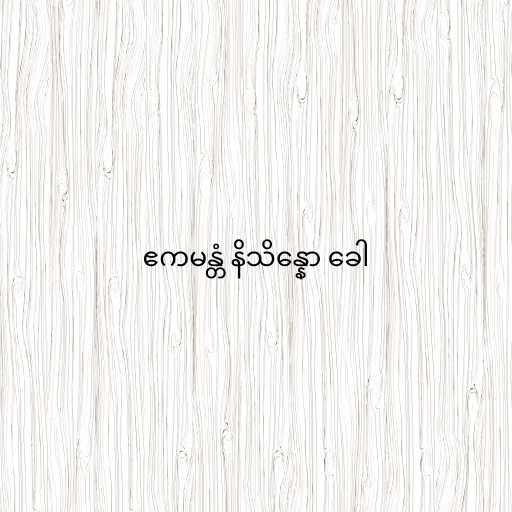
ဧကမန္တံ နိသိန္နော ခေါ